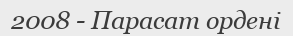
2008 - Парасат ордені